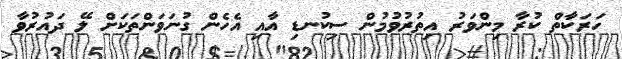
ހަރަކާތް ކުރާ މިންވަރު އިތުރުވުމުން ސިކުނޑި އާއި އެހެން ގުނަވަންތަކަށް ލޭ ދައުރުވާ